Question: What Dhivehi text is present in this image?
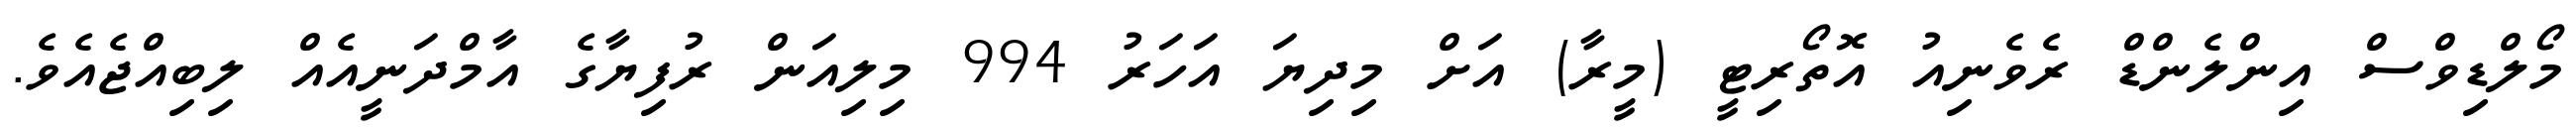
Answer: މޯލްޑިވްސް އިންލެންޑް ރެވެނިއު އޮތޯރިޓީ (މީރާ) އަށް މިދިޔަ އަހަރު 994 މިލިއަން ރުފިޔާގެ އާމްދަނީއެއް ލިބިއްޖެއެވެ.